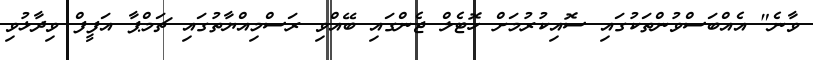
ވާނެ" އެއްބަސްވުންތަކުގައި ސޮއިކުރުމަށް ހޮޓެލް ޖެންގައި ބޭއްވި ރަސްމިއްޔާތުގައި ޗަމްޕާ އަފީފް ވިދާޅުވި